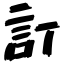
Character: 訂